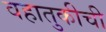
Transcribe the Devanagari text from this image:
वहातुकीची